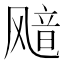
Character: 𫗊